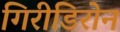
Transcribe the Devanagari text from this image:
गिरीडिरोन